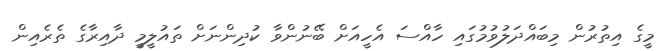
މީގެ އިތުރުން މިބައްދަލުވުމުގައި ހާއްސަ އެހީއަށް ބޭނުންވާ ކުދިންނަށް ތައުލީމީ ދާއިރާގެ ތެރެއިން